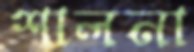
শালনা